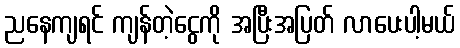
ညနေကျရင် ကျန်တဲ့ငွေကို အပြီးအပြတ် လာပေးပါ့မယ်